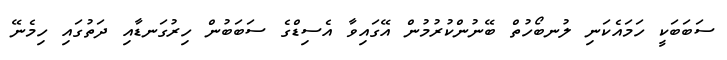
ސަބަބަކީ ހަމައެކަނި ލުނބޯހުތް ބޭނުންކުރުމުން އޭގައިވާ އެސިޑްގެ ސަބަބުން ހިރުގަނޑާއި ދަތުގައި ހިމެނޭ